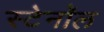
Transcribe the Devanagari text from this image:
स्टेनॉल